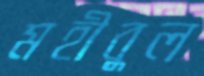
মহীবুল